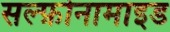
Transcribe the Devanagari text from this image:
सल्फ़ोनामाइड